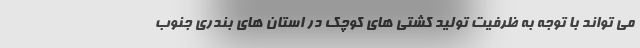
می تواند با توجه به ظرفیت تولید کشتی های کوچک در استان های بندری جنوب